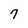
Character: 7